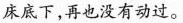
床底下，再也没有动过。